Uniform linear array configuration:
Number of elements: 12
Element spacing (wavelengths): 0.25
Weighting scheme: uniform
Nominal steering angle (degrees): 30
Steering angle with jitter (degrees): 30.506
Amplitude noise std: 0.05
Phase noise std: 0.05

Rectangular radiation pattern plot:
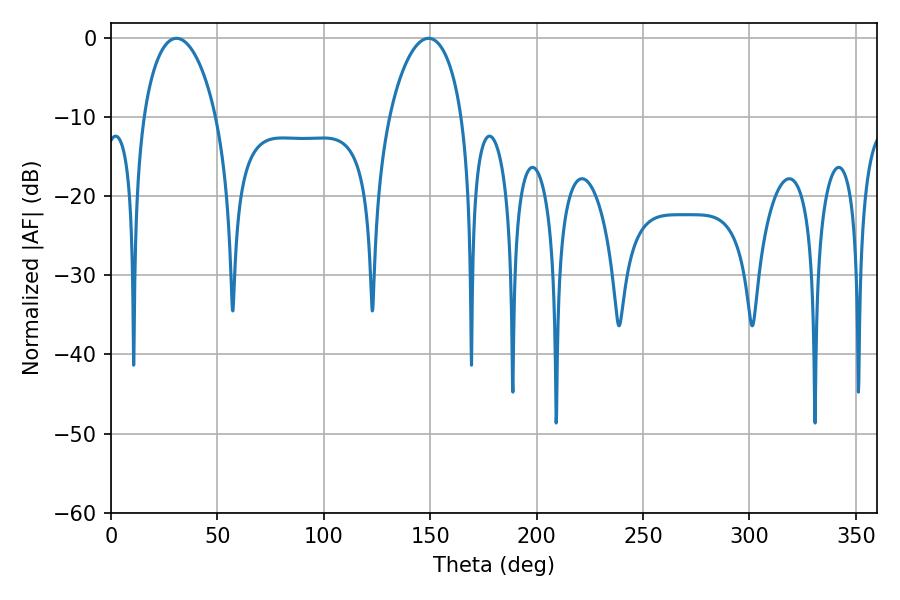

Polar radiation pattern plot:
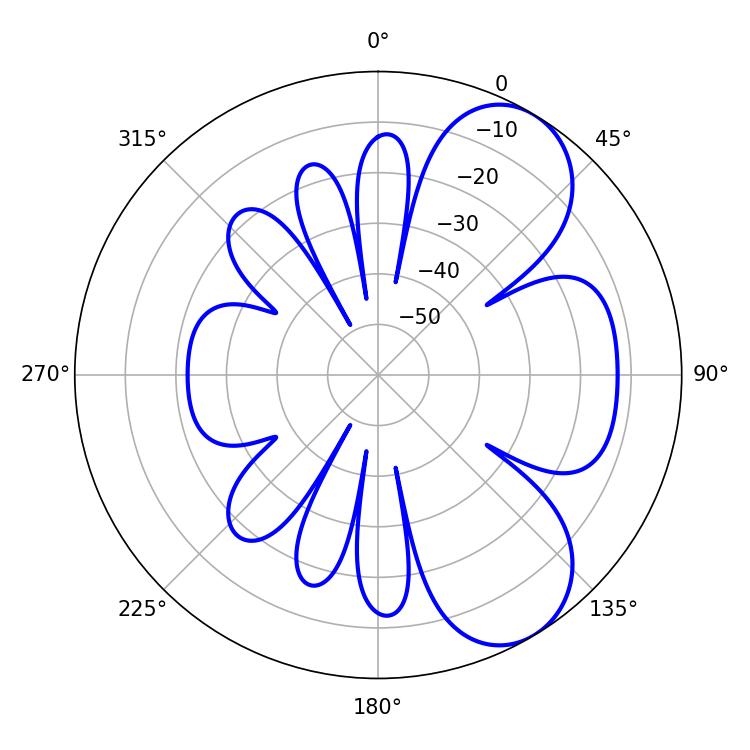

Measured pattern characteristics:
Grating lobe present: FALSE
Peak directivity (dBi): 6.97
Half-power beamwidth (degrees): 19.44
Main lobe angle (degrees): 30.78